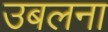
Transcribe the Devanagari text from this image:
उबलना